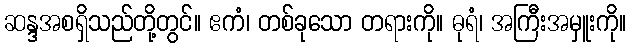
ဆန္ဒအစရှိသည်တို့တွင်။ ဧကံ၊ တစ်ခုသော တရားကို။ ဓုရံ၊ အကြီးအမှူးကို။